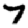
Digit: 7